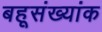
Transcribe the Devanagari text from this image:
बहूसंख्यांक